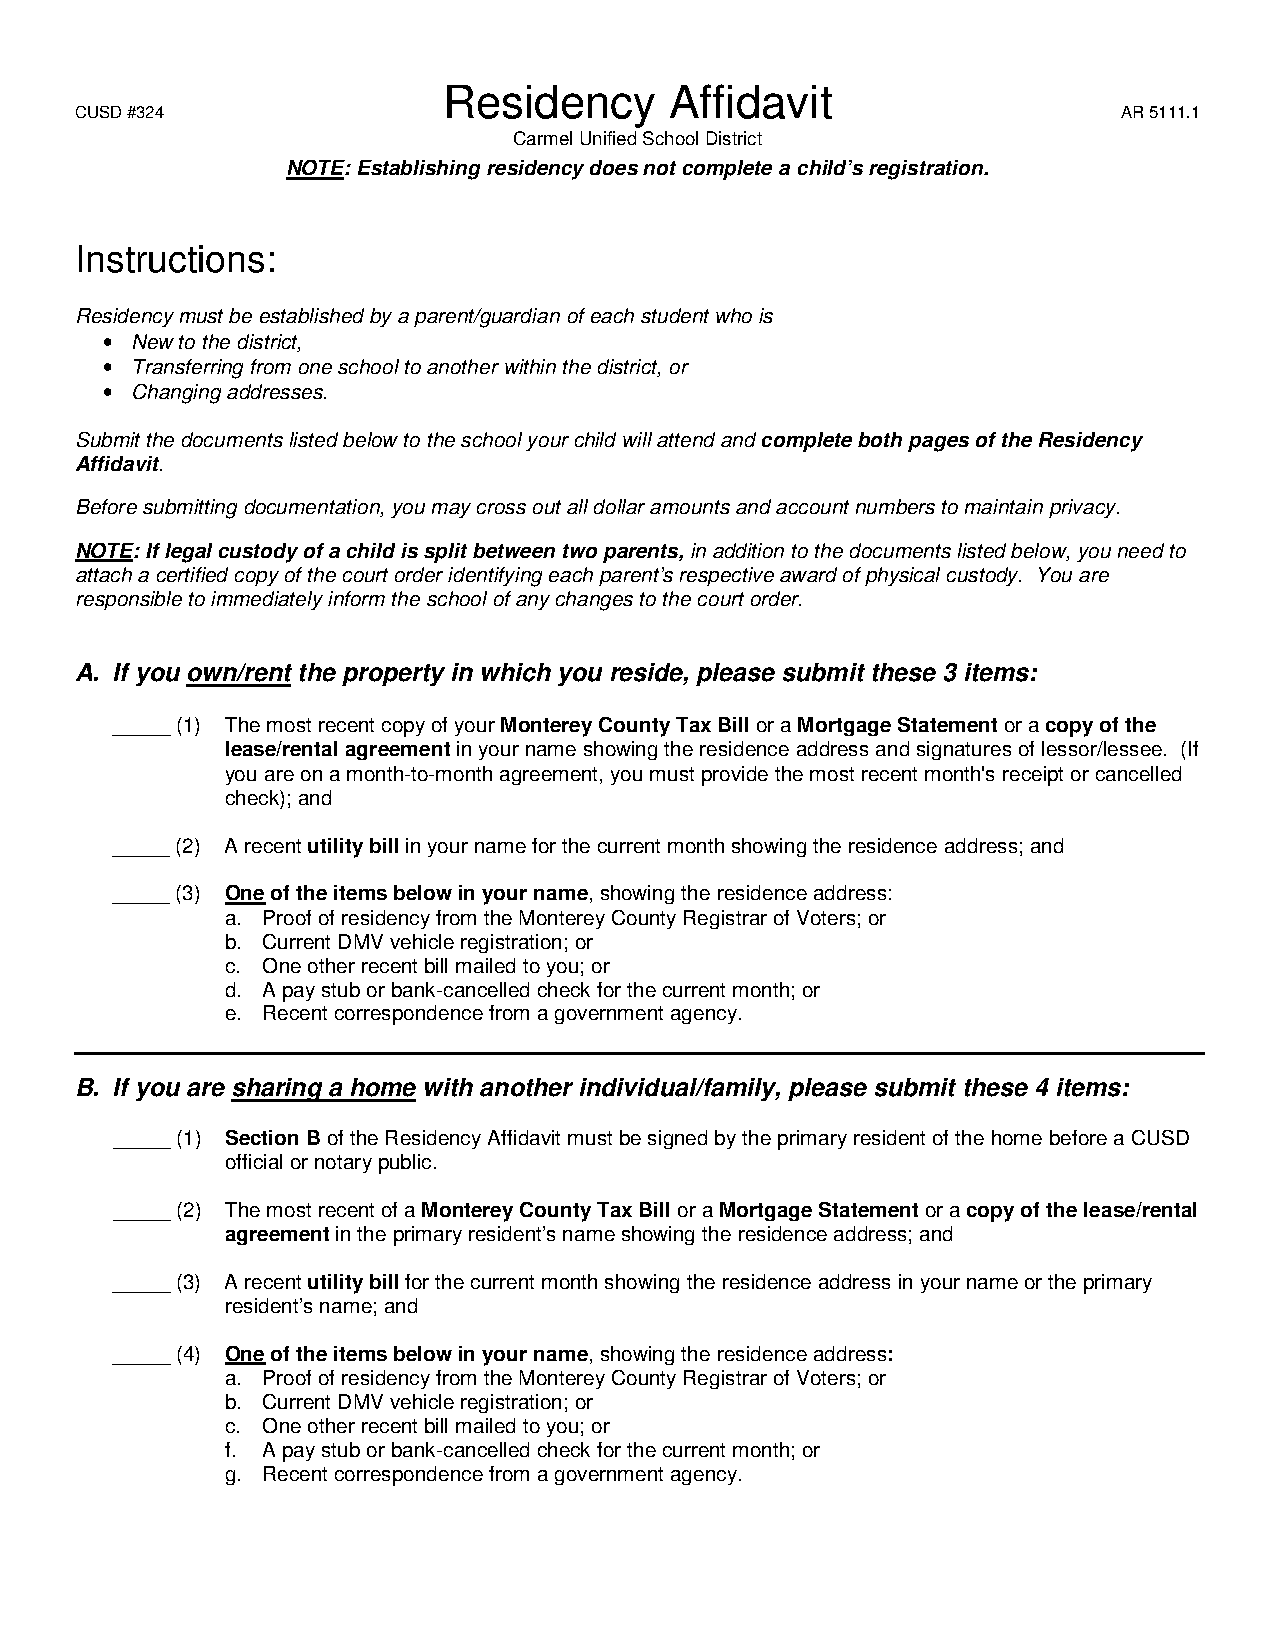
Residency      Affidavit
 CUSD #324                                                            AR 5111.1
 Carmel Unified School District
 NOTE: Establishing residency does not complete a child’s registration.
 Instructions:
 Residency must be established by a parent/guardian of each student who is
 • New to the district,
 • Transferring from one school to another within the district, or
 • Changing addresses.
 Submit the documents listed below to the school your child will attend and complete both pages of the Residency
 Affidavit.
 Before submitting documentation, you may cross out all dollar amounts and account numbers to maintain privacy.
 NOTE: If legal custody of a child is split between two parents, in addition to the documents listed below, you need to
 attach a certified copy of the court order identifying each parent’s respective award of physical custody. You are
 responsible to immediately inform the school of any changes to the court order.
 A. If you own/rent the property in which you reside, please submit these 3 items:
 _____ (1) The most recent copy of your Monterey County Tax Bill or a Mortgage Statement or a copy of the
 lease/rental agreement in your name showing the residence address and signatures of lessor/lessee. (If
 you are on a month-to-month agreement, you must provide the most recent month's receipt or cancelled
 check); and
 _____ (2) A recent utility bill in your name for the current month showing the residence address; and
 _____ (3) One of the items below in your name, showing the residence address:
 a. Proof of residency from the Monterey County Registrar of Voters; or
 b. Current DMV vehicle registration; or
 c. One other recent bill mailed to you; or
 d. A pay stub or bank-cancelled check for the current month; or
 e. Recent correspondence from a government agency.
 B. If you are sharing a home with another individual/family, please submit these 4 items:
 _____ (1) Section B of the Residency Affidavit must be signed by the primary resident of the home before a CUSD
 official or notary public.
 _____ (2) The most recent of a Monterey County Tax Bill or a Mortgage Statement or a copy of the lease/rental
 agreement in the primary resident’s name showing the residence address; and
 _____ (3) A recent utility bill for the current month showing the residence address in your name or the primary
 resident’s name; and
 _____ (4) One of the items below in your name, showing the residence address:
 a. Proof of residency from the Monterey County Registrar of Voters; or
 b. Current DMV vehicle registration; or
 c. One other recent bill mailed to you; or
 f. A pay stub or bank-cancelled check for the current month; or
 g. Recent correspondence from a government agency.